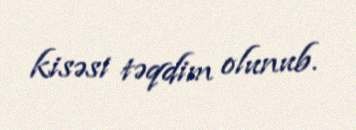
kisəsi təqdim olunub.